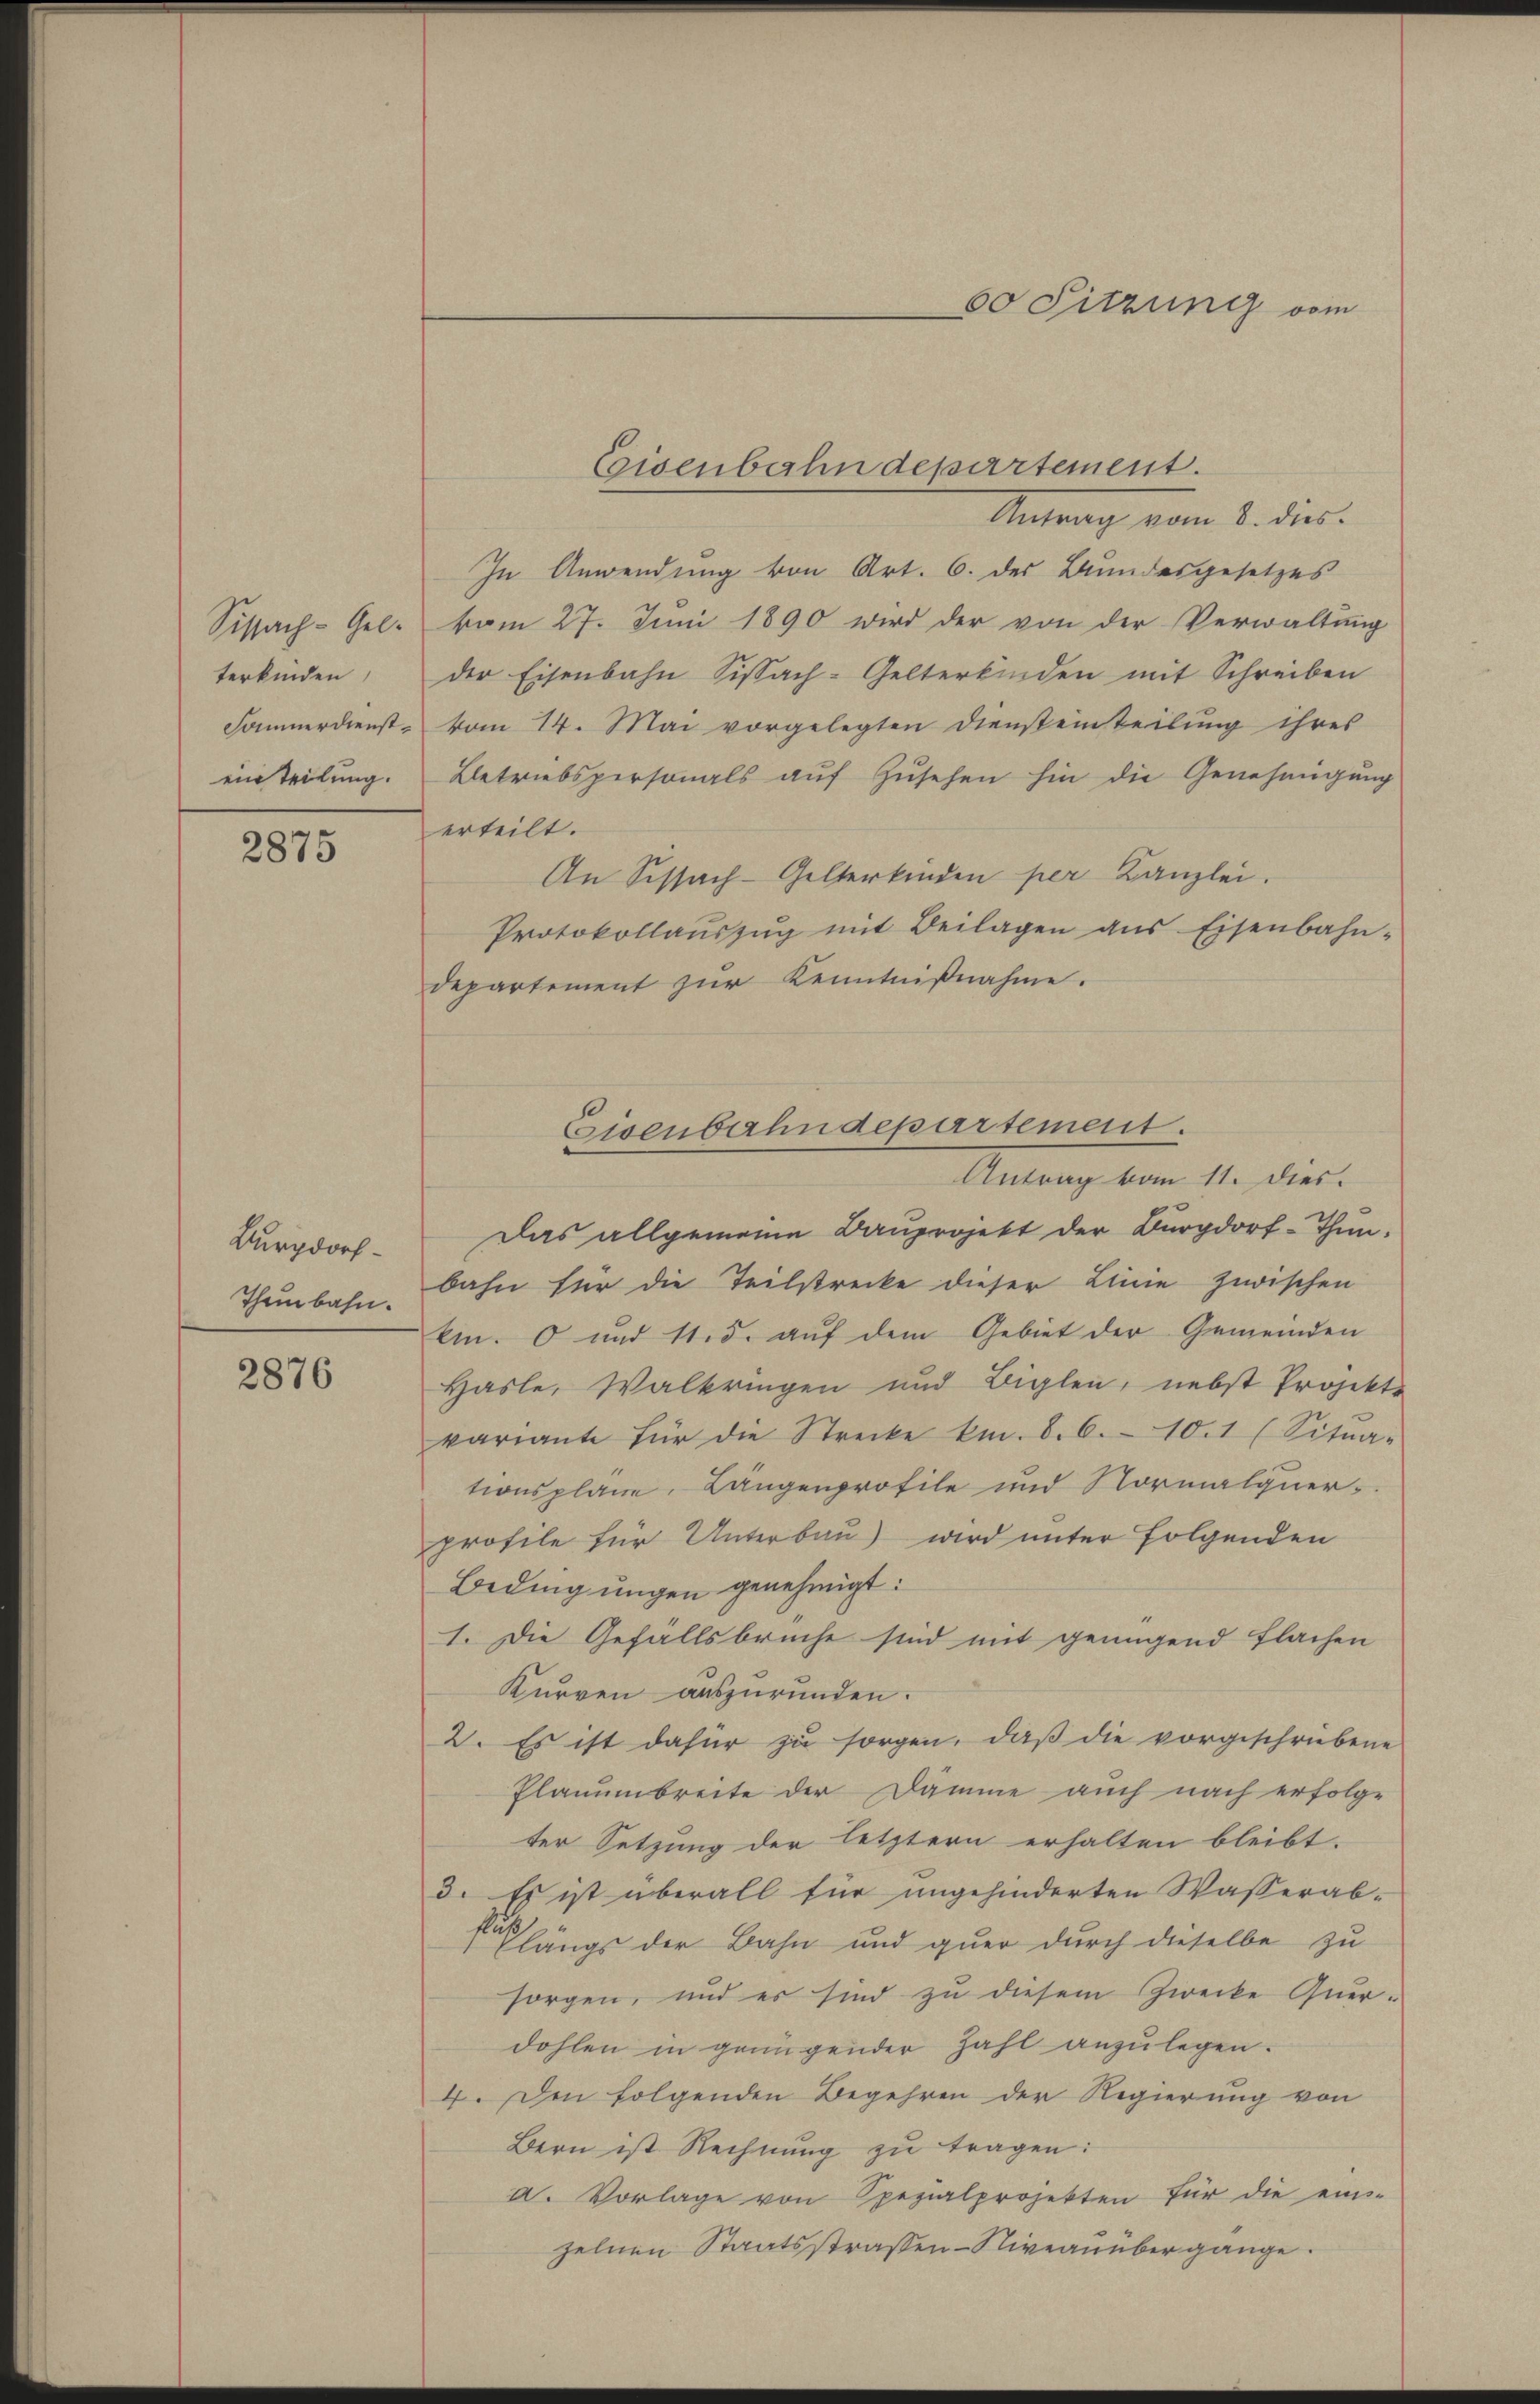
Sissach-Gelterkinden
Samnerdiensteinteilung.

2875

Burgdorf
Thenbahn.

2876

Antrag vom 1. dies
In Anwendung von Art. 6. des Bundesgesetzes
vom 27. Juni 1890 wird der von der Verwaltung
der Eisenbahn Sissach-Gelterkinden mit Schreiben
vom 14. Mai vorgelegten Diensteinteilung ihres
Betriebspersonals auf Zusehen hin die Genehmigung
erteilt.
An Schach-Gelterkinden per Kanzlei.
Protokollaŭszŭg mit Beilagen ans Eisenbahn-
departement zur Kenntnißnahme.
Antrag vom 11. dies.
Das allgemeine Bauprojekt der Burgdorf-Thun.
bahn für die Teilstrecke dieser Linie zwischen
kin. O und 15. auf dem Gebiet der Gemeinden
Hasle, Walkringen und Biglen, nebst Projekte
variante für die Strecke km. 8. 6.10.1 (Sitna-
tionsplane, Langenprofile und Normalquerprofile für Unterbau) wird unter folgenden
Bedingungen genehmigt:
1. Die Gefällsbrüche sind mit genügend Flachen
Kurren auszurunden.
2. Es ist dafür zu sorgen, daß die vorgeschriebene
Plauumbreite der Dämme auch nach erfolge
ter Setzung der letztern erhalten bleibt.
3. Es ist überall für angehinderten Wasserab¬
Elängs der Bahn und quer durch dieselbe zu
sorgen, und er sind zu diesem Zwecke Querdohlen in genügender Zahl anzulegen.
4. Den folgenden Begehren der Regierung von
Bern ist Rechnung zu tragen:
d. Vorlage von Spezialprojekten für die einzelnen Staatsstraßen-Niveauübergange.

Eisenbahndepartement.

Eisenbahndepartement.

60 Sitzung vom